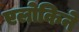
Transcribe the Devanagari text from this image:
एलोकिने